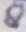
Text: 8